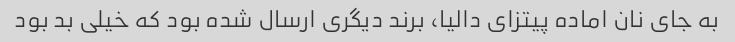
به جای نان اماده پیتزای دالیا، برند دیگری ارسال شده بود که خیلی بد بود